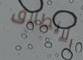
الانطلاق